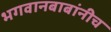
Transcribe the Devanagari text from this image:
भगवानबाबांनीच